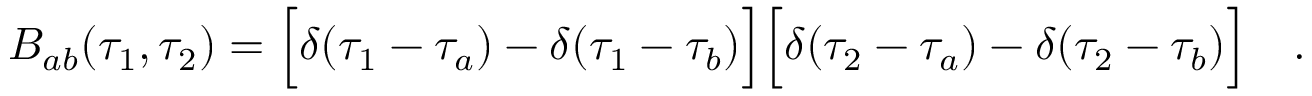
B _ { a b } ( \tau _ { 1 } , \tau _ { 2 } ) = \Bigl [ \delta ( \tau _ { 1 } - \tau _ { a } ) - \delta ( \tau _ { 1 } - \tau _ { b } ) \Bigr ] \Bigl [ \delta ( \tau _ { 2 } - \tau _ { a } ) - \delta ( \tau _ { 2 } - \tau _ { b } ) \Bigr ] \quad .